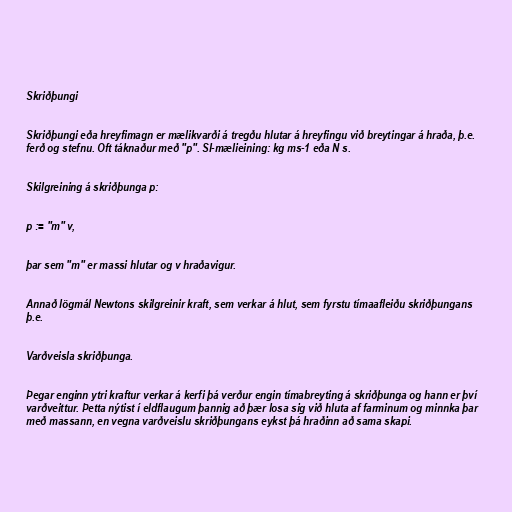
Skriðþungi

Skriðþungi eða hreyfimagn er mælikvarði á tregðu hlutar á hreyfingu við breytingar á hraða, þ.e.
ferð og stefnu. Oft táknaður með "p". SI-mælieining: kg ms-1 eða N s.

Skilgreining á skriðþunga p:

p := "m" v,

þar sem "m" er massi hlutar og v hraðavigur.

Annað lögmál Newtons skilgreinir kraft, sem verkar á hlut, sem fyrstu tímaafleiðu skriðþungans
þ.e.

Varðveisla skriðþunga.

Þegar enginn ytri kraftur verkar á kerfi þá verður engin tímabreyting á skriðþunga og hann er því
varðveittur. Þetta nýtist í eldflaugum þannig að þær losa sig við hluta af farminum og minnka þar
með massann, en vegna varðveislu skriðþungans eykst þá hraðinn að sama skapi.